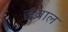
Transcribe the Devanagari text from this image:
छवाल